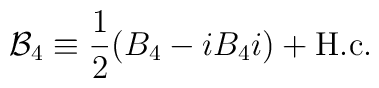
{\cal B}_4 \equiv \frac{1}{2} (B_4 - i B_4 i) + {\rm H.c.}